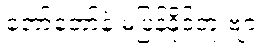
တော်တော်နဲ့ မပြန်နိုင်ဘူးဗျာ။